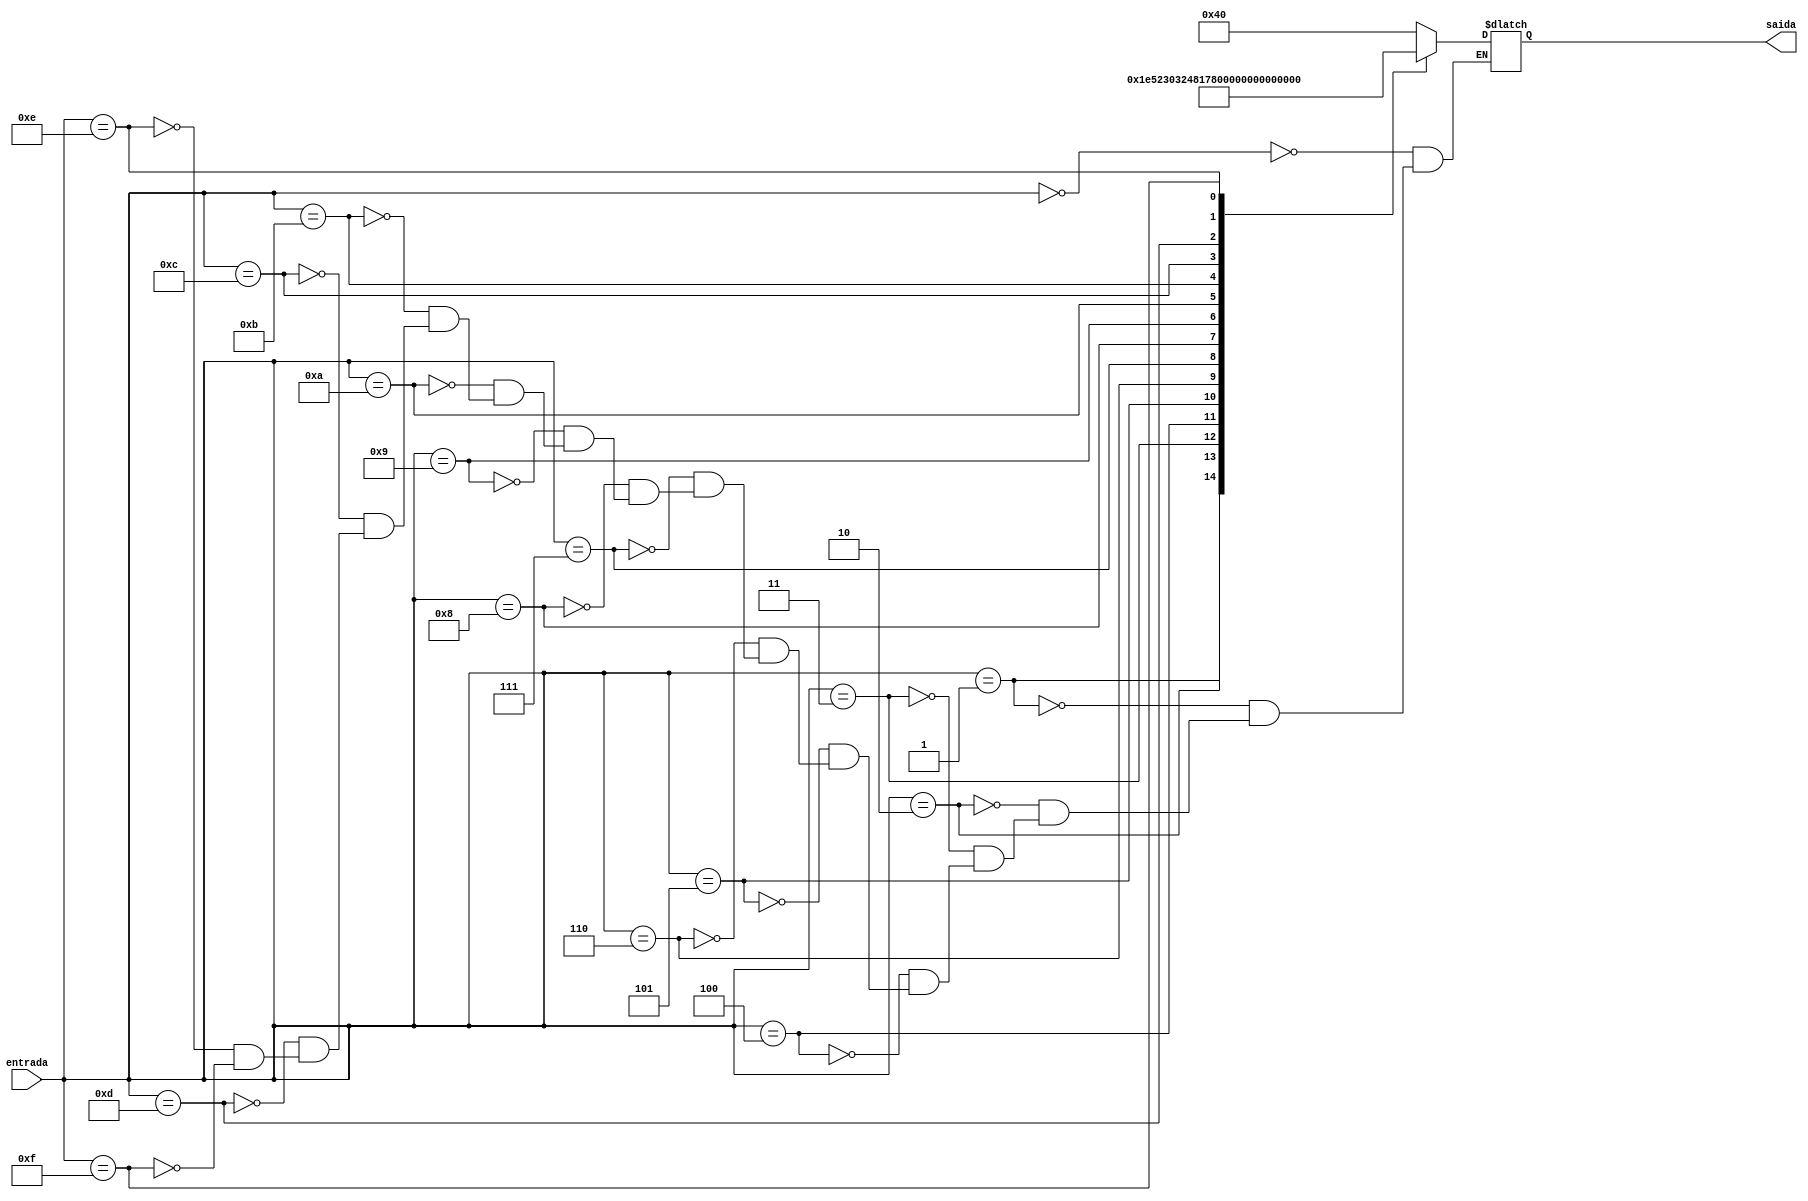
module display4 (input wire [4:0] entrada, output reg [6:0] saida);

	always @ (*)
	begin
		case(entrada)
			0: saida = 7'b1000000;
			1: saida = 7'b1111001;
			2: saida = 7'b0100100;
			3: saida = 7'b0110000;
			4: saida = 7'b0011001;
			5: saida = 7'b0010010;
			6: saida = 7'b0000010;
			7: saida = 7'b1111000;
			8: saida = 7'b0000000;
			9: saida = 7'b0010000;
			10: saida = 7'b0001000;
			11: saida = 7'b1100000;
			12: saida = 7'b1000110;
			13: saida = 7'b1000010;
			14: saida = 7'b0100001;
			15: saida = 7'b0111000;
		endcase
	end

endmodule